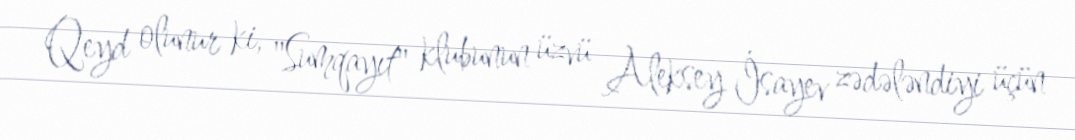
Qeyd olunur ki, "Sumqayıt" klubunun üzvü Aleksey İsayev zədələndiyi üçün